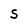
Character: S